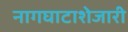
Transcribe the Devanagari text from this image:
नागघाटाशेजारी